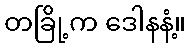
တခြို့က ဒေါနနံ့။